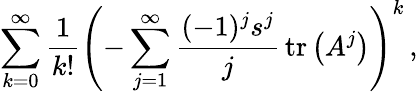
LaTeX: \sum_{k=0}^{\infty}{\frac{1}{k!}}\left(-\sum_{j=1}^{\infty}{\frac{(-1)^{j}s^{j}}{j}}\operatorname{tr}\left(A^{j}\right)\right)^{k}\, ,